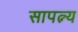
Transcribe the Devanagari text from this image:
सापत्न्य